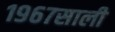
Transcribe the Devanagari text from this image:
१९६७साली